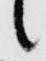
言